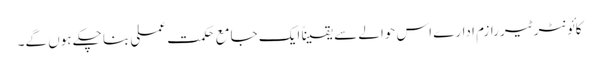
کائونٹر ٹیررازم ادارے اس حوالے سے یقیناً ایک جامع حکمت عملی بنا چکے ہوں گے۔